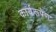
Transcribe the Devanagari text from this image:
कार्यरूपेण